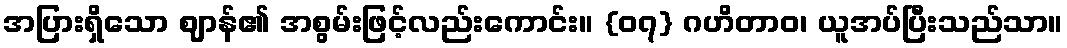
အပြားရှိသော ဈာန်၏ အစွမ်းဖြင့်လည်းကောင်း။ {၀၇} ဂဟိတာဝ၊ ယူအပ်ပြီးသည်သာ။